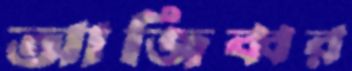
আজিব্বর